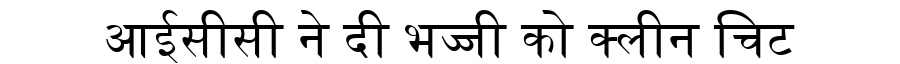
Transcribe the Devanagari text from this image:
आईसीसी ने दी भज्जी को क्लीन चिट